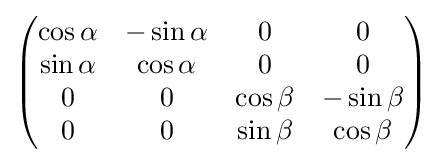
{\begin{pmatrix}\cos \alpha &-\sin \alpha &0&0\\\sin \alpha &\cos \alpha &0&0\\0&0&\cos \beta &-\sin \beta \\0&0&\sin \beta &\cos \beta \end{pmatrix}}